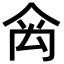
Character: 𥜼